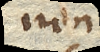
non